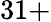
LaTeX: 31+